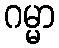
ဂမ္မာ